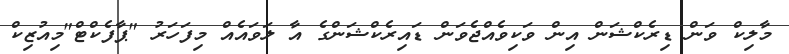
މާލިކް ވަން ޑިރެކްޝަން އިން ވަކިވެއްޖެވަން ޑައިރެކްޝަންގެ އާ ލަވައެއް މިފަހަރު "ޕާފެކްޓް"މިއުޒިކް